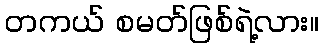
တကယ် စမတ်ဖြစ်ရဲ့လား။